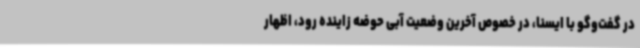
در گفت‌وگو با ایسنا، در خصوص آخرین وضعیت آبی حوضه زاینده رود، اظهار